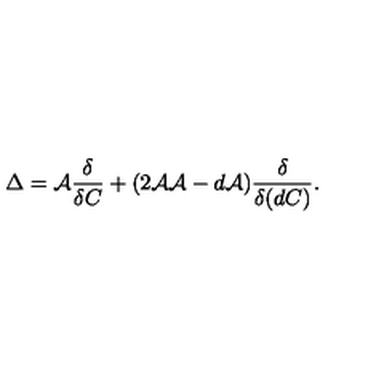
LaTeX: \Delta = { \cal A } \frac { \delta } { \delta C } + ( 2 { \cal A A } - d { \cal A } ) \frac { \delta } { \delta ( d C ) } .